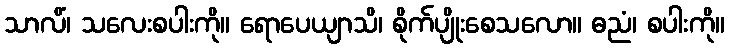
သာလိံ၊ သလေးစပါးကို။ ရောပေယျာသိ၊ စိုက်ပျိုးစေသလော။ ဓညံ၊ စပါးကို။